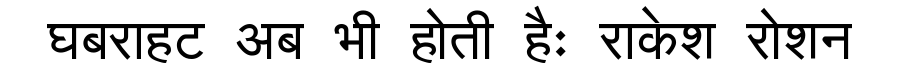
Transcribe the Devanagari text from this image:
घबराहट अब भी होती हैः राकेश रोशन